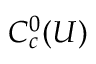
C _ { c } ^ { 0 } ( U )